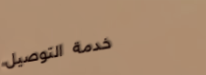
خدمة التوصيل